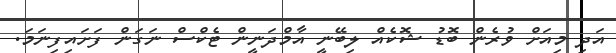
އަދި މިއަށް ވުރެން ބޮޑު ޝޮކެއް ލިބޭނީ އާމްދަނީން ޓެކްސް ނަގަން ފަށައިފިނަމަ.